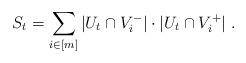
LaTeX: \begin{align*}S_t=\sum_{i\in [m]}|U_t\cap V_i^-|\cdot|U_t\cap V_i^+|\;\mbox{.}\end{align*}